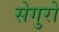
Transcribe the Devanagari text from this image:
सेगुरो